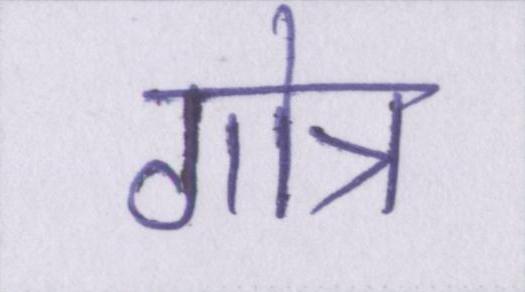
गोत्र